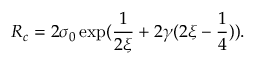
R _ { c } = 2 \sigma _ { 0 } \exp ( \frac { 1 } { 2 \xi } + 2 \gamma ( 2 \xi - \frac { 1 } { 4 } ) ) .